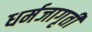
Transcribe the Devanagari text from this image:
धर्मजागृती